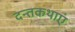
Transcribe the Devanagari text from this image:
दन्तकथाएं